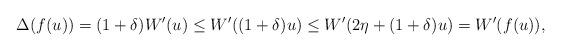
LaTeX: \begin{align*}\Delta (f(u))=(1+\delta)W'(u)\leq W'((1+\delta)u)\leq W'(2\eta+(1+\delta)u)=W'(f(u)),\end{align*}